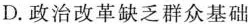
D.政治改革缺乏群众基础